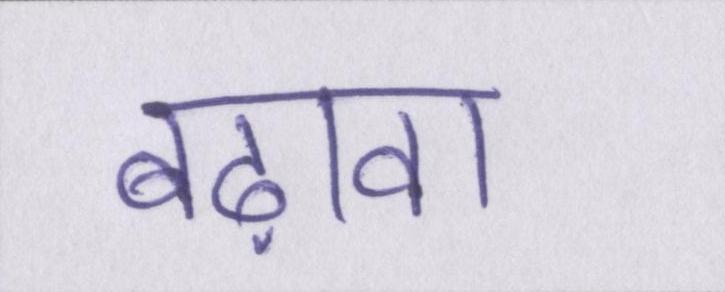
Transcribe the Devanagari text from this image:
बढ़ावा